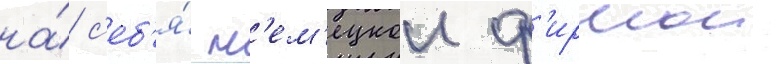
на́ с'еб'я́ н'ем'ецкои ф'ирмои